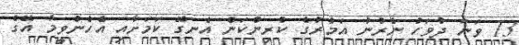
13 ވަނަ ދުވަހު ނެރުނު އަމުރުގެ ކުރިންކަން އެނގޭ ކަމަށާއި އެހެންވީމާ އޭގެ